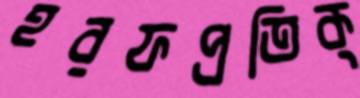
হরফপ্রতিক্